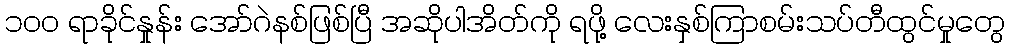
၁၀၀ ရာခိုင်နှုန်း အော်ဂဲနစ်ဖြစ်ပြီ အဆိုပါအိတ်ကို ရဖို့ လေးနှစ်ကြာစမ်းသပ်တီထွင်မှုတွေ